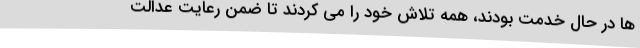
ها در حال خدمت بودند، همه تلاش خود را می کردند تا ضمن رعایت عدالت